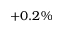
+ 0 . 2 \%